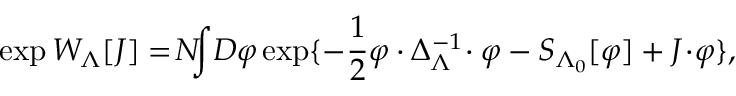
\exp W _ { \Lambda } [ J ] = \! N \! \! \! \int \! { \cal D } \varphi \exp \{ - \frac { 1 } { 2 } \varphi \cdot \Delta _ { \Lambda } ^ { - 1 } \! \cdot \varphi - S _ { \Lambda _ { 0 } } [ \varphi ] + J \! \cdot \! \varphi \} ,